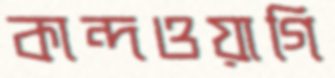
কান্দওয়াগি